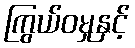
ကြွယ်ဝမှုနှင့်